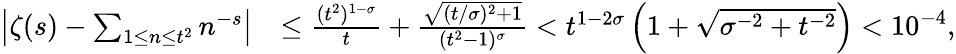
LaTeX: \begin{array}{rl}{\left|\zeta(s)-\sum_{1\le n\le t^{2}}n^{-s}\right|}&{\le\frac{(t^{2})^{1-\sigma}}{t}+\frac{\sqrt{(t/\sigma)^{2}+1}}{(t^{2}-1)^{\sigma}}<t^{1-2\sigma}\left(1+\sqrt{\sigma^{-2}+t^{-2}}\right)<10^{-4},}\end{array}